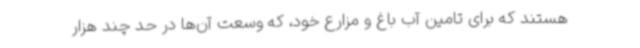
هستند که برای تامین آب باغ و مزارع خود، که وسعت آن‌ها در حد چند هزار